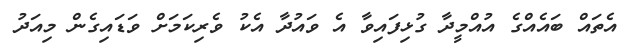
އެތައް ބައެއްގެ އުއްމީދާ ގުޅިފައިވާ އެ ވައުދާ އެކު ވެރިކަމަށް ވަޑައިގެން މިއަދު